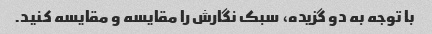
با توجه به دو گزیده، سبک نگارش را مقایسه و مقایسه کنید.